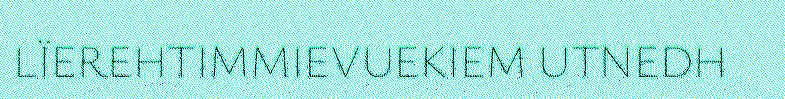
LÏEREHTIMMIEVUEKIEM UTNEDH